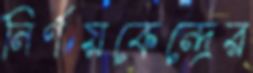
নির্ণয়কেন্দ্রের